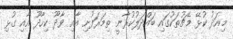
މިއަދު ކުޅޭ މެޗުތަކުގައި ބައްދަލުކުރާނީ ތިމަރަފުށި އާއި ވާދޫ ކިހާދޫ އާއި ގުޅި